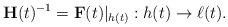
LaTeX: \begin{align*}{\bf H}(t)^{-1} = {\bf F}(t)|_{h(t)} : h(t) \rightarrow \ell(t). \end{align*}